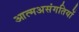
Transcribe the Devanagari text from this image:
आत्मअसंगतियों